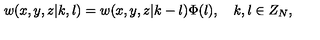
w ( x , y , z | k , l ) = w ( x , y , z | k - l ) \Phi ( l ) , \quad k , l \in Z _ { N } ,